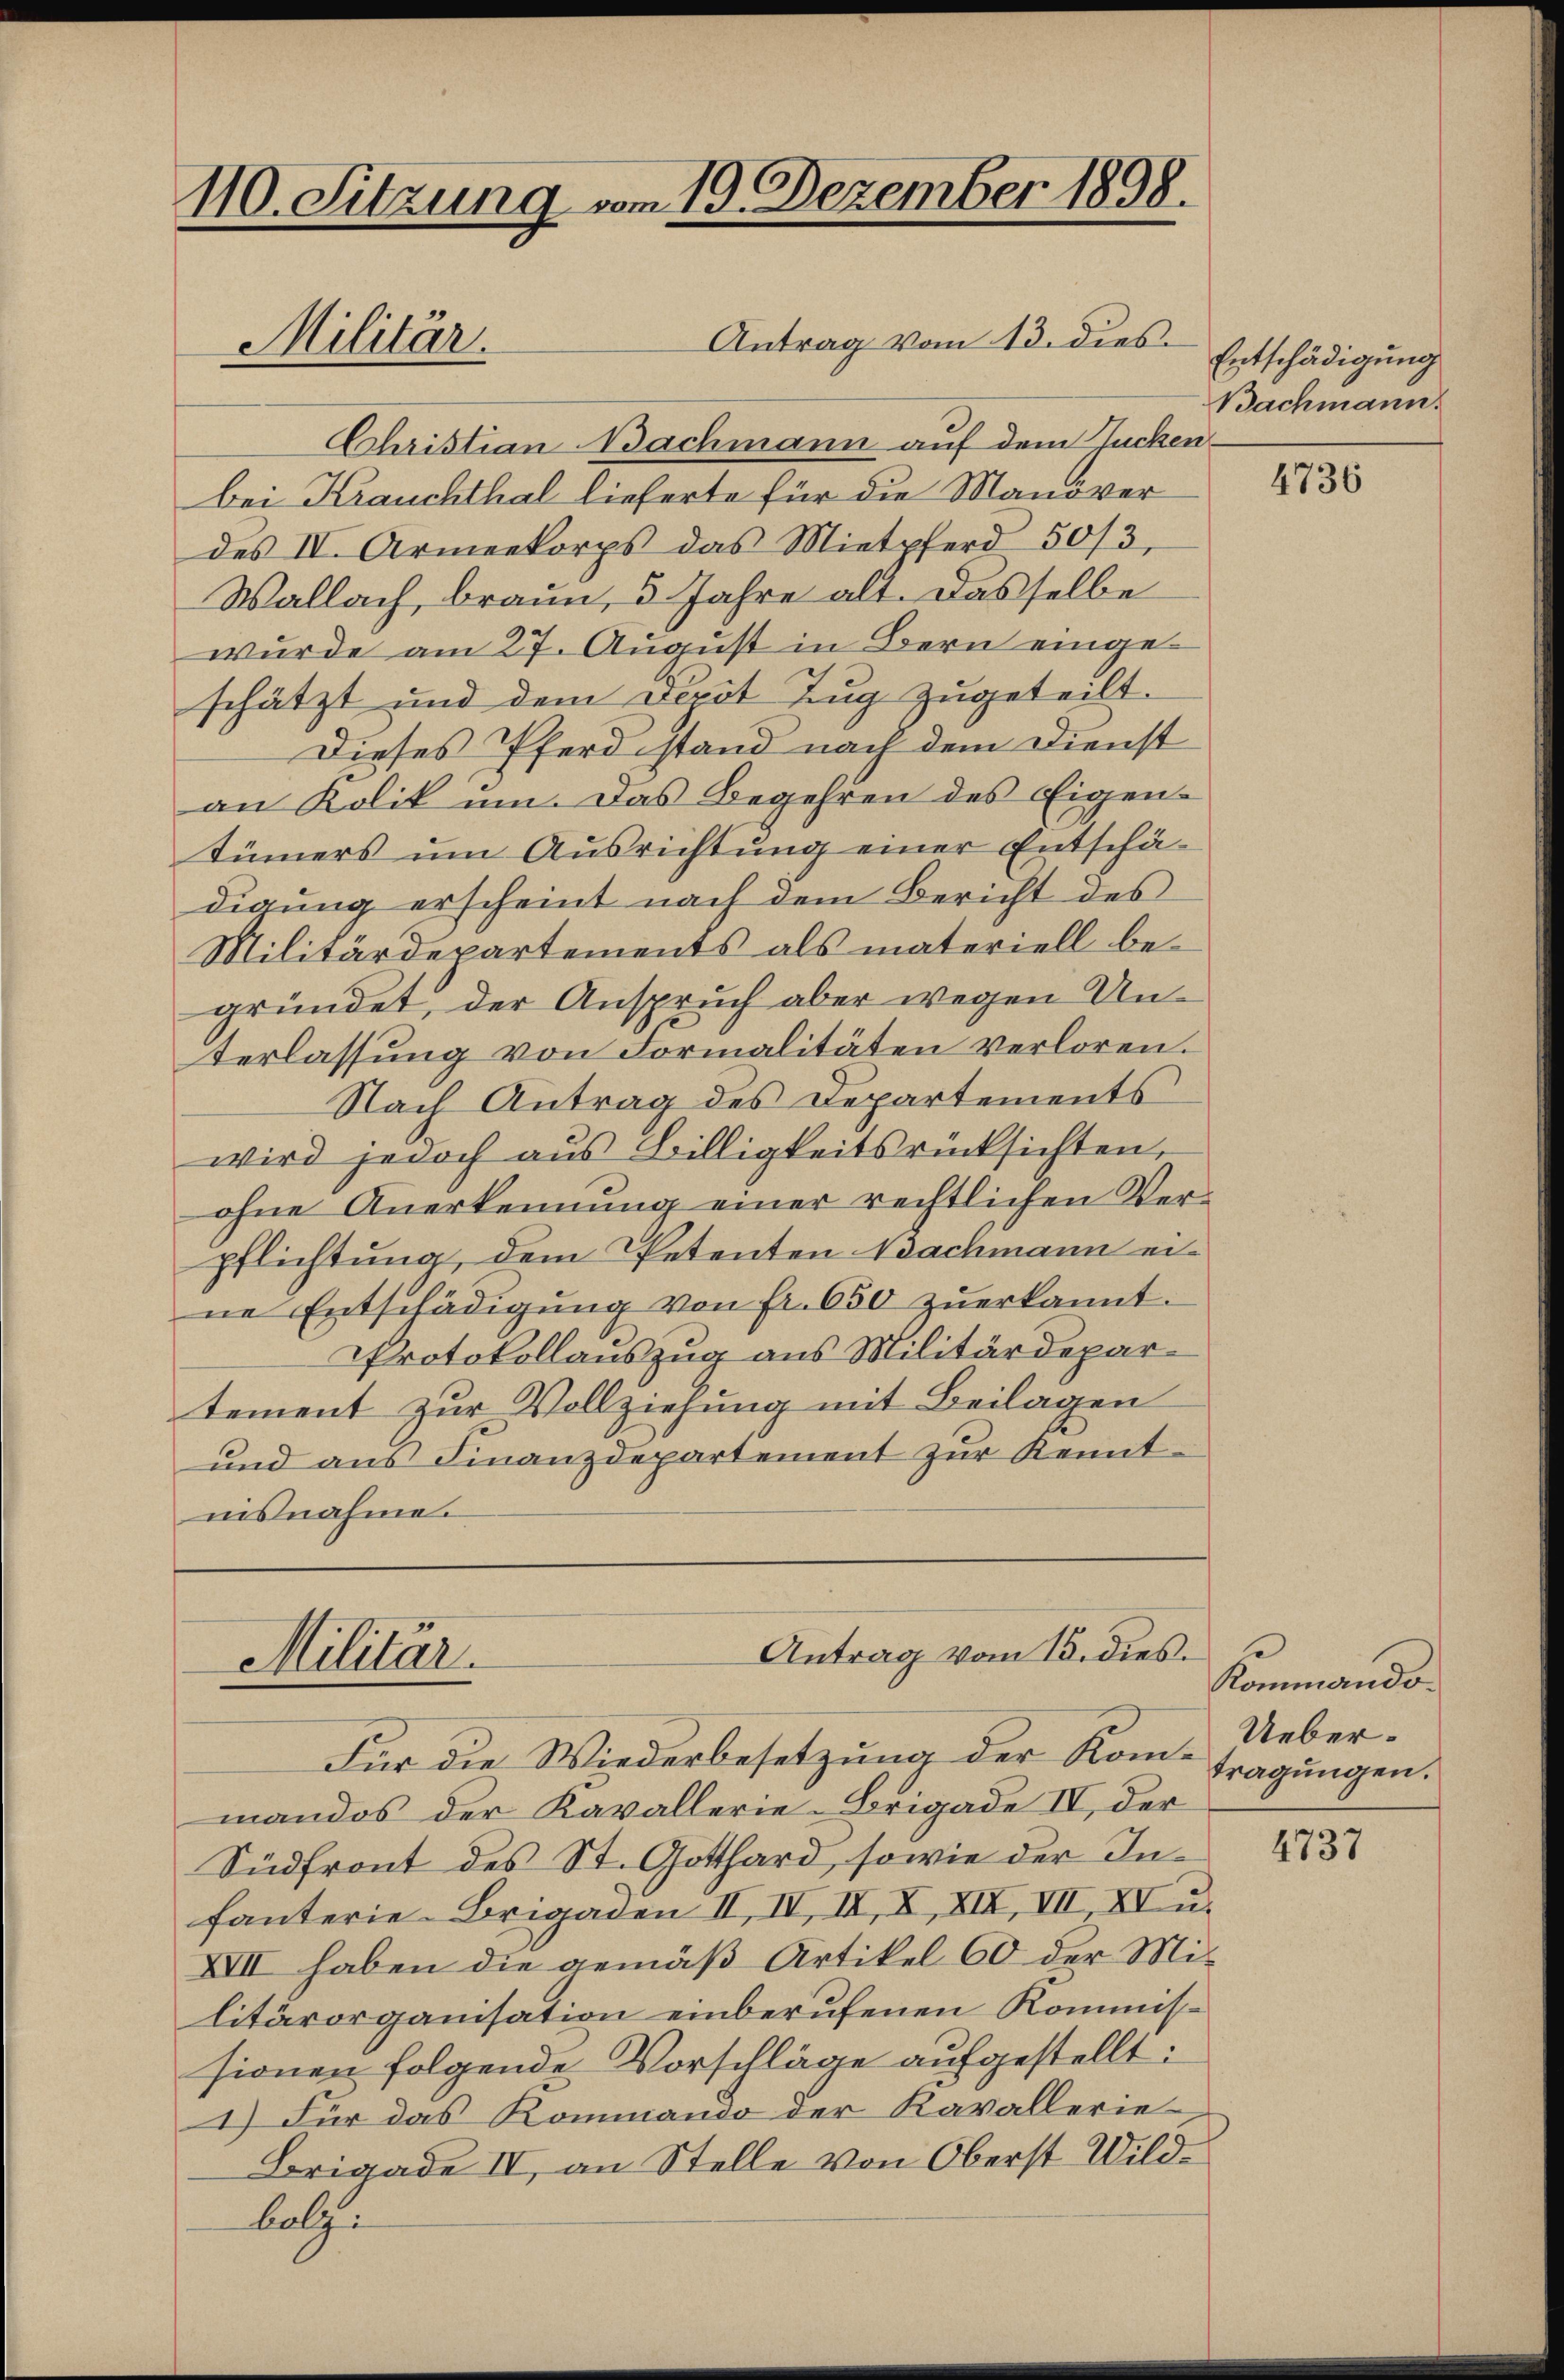
110. Sitzung vom 19. Dezember 1898.
Antrag vom 13. dies
Militär.

Christian Bachmann auf dem Zucken.
bei Krauchthal lieferte für die Manöver
des IV. Armeekorps das Mietpferd 50/3
Wallach, braun, 5 Jahre alt. Dasselbe
wurde am 27. August in Bern eingeschätzt und dem Depot Zug zugeteilt.
Dieses Pferd stand nach dem Dienst
an Kolik um. Das Begehren des Eigentümers um Ausrichtung einer Entschädigung erscheint nach dem Bericht des
Militärdepartements als materiell begründet, der Anspruch aber wegen Unterlassung von Formalitäten verloren.
Nach Antrag des Departements
wird jedoch aus Billigkeitsrücksichten,
ohne Anerkennung einer rechtlichen Verpflichtung, dem Petenten Bachmann eine Entschädigŭng von fr. 650 zŭerkannt.
Protokollauszug aus Militärdepartement zur Vollziehung mit Beilagen
und aus Finanzdepartement zur Kenntnisnahme.

Antrag vom 13. dies
Militär.

Entschädigung
Bachmann.

Für die Wiederbesetzung der Kom-
mandos der Kavallerie-Brigade IV, der
Südfront des St. Gotthard, sowie der Infanterie Brigaden II, IV, II, X, XIX, VII, XV u.
XVII haben die gemäß Artikel 60 der Militärorganisation einberufenen Kommissionen folgende Vorschläge aufgestellt:
1) Für das Kommando der Kavallerie
Brigade IV, an Stelle von Oberst Wildbolz.

4736

Kommando
Uebertragungen.

4737